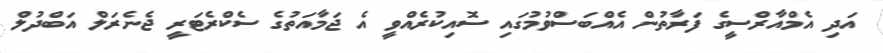
އަދި އެމްއާރްސީގެ ފަރާތުން އެއްބަސްވުމުގައި ސޮއިކުރެއްވީ އެ ޖަމާއަތުގެ ސެކްރެޓަރީ ޖެނެރަލް އަބްދުލް